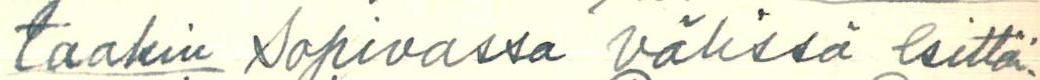
taakin sopivassa välissä esittäi-